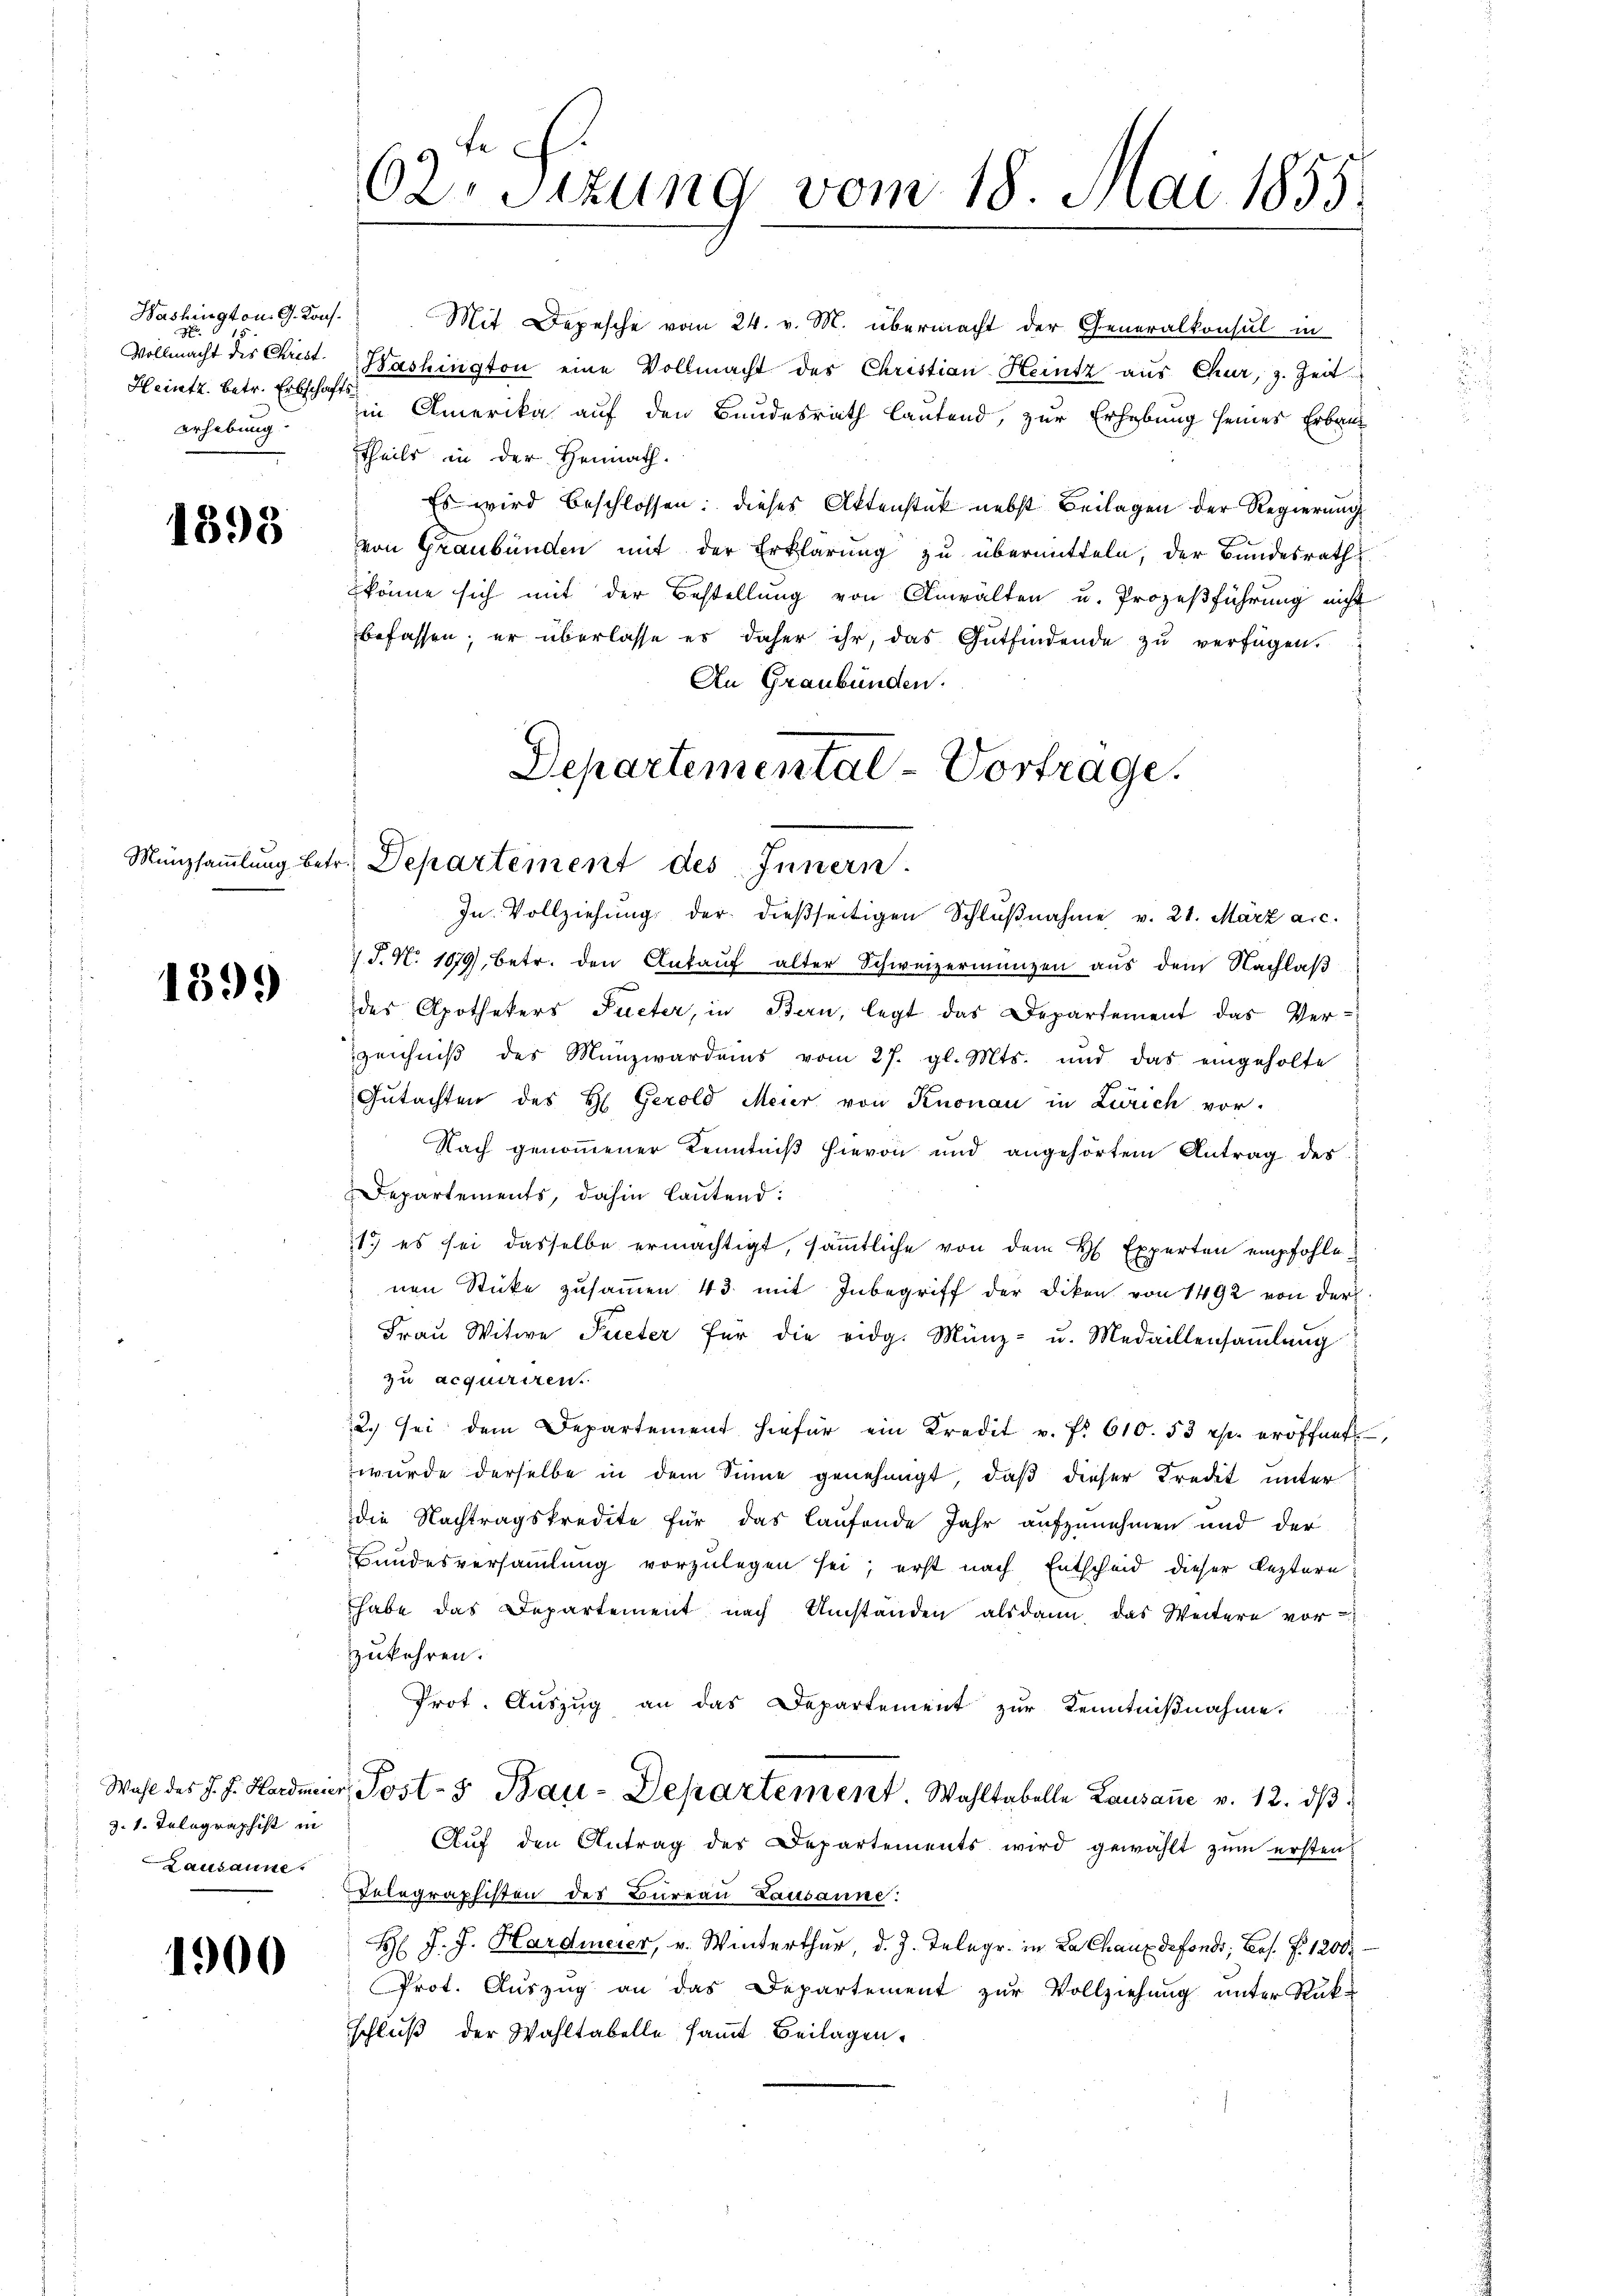
Washington. G. Kons.
d
Vollmacht des Christ.
Heintz, betr. Erbschafts¬

1399

z. 1. Telegraphist in
Lausanne.

1900

Mit Depesche vom 24. v. M. übermacht der Generalkonsul in
Bashington eine Vollmacht des Christian Heintz aus Chur, z. Zeit
erhebung. in Amerika auf den Bundesrath lautend, zur Erhebung seines Erbaut
Theils in der Heimath.
Es wird beschlossen: dieses Aktenstück nebst Beilagen der Regierung
852 von Graubünden mit der Erklärung zu übermitteln, der Bundesrath
könne sich mit der Bestellung von Anwalten u. Prozeßführung nicht
befassen; er überlasse es daher ihr, das Gutfindende zŭ verfügen.
An Graubünden.
In Vollziehung der dießseitigen Schlŭβnahme v. 21. März a.c.
 J. N. 1879, betr. den Ankaŭf alter Schweizermangen aus dem Nachlaβ
des Apothekers Pueter, in Bern, legt das Departement das Ver-
zeichniß des Münzwardens vom 27. gl. Mts. und das eingeholte
Gutachten des H. Gerold Meier von Knonau in Zürich vor.
Nach genommener Kenntniß hievon und angehörtem Antrag des
Departements, dahin lautend:
1) es sei dasselbe ermächtigt, sämmtliche von dem H. Experten empfohlenen Sticke zusammen 43 mit Inbegriff der Diken von 1492 von der
Fraŭ Witwe Pueter für die eidg. Münz- u. Medaillensaṁlŭng
zu acquiriren.
2. sei dem Departement hiefür ein Kredit v. f. 610. 53 Rp. eröffnet.
wurde derselbe in dem Sinne genehmigt, daß dieser Kredit unter
die Nachtragskredite für das laufende Jahr aufzunehmen und der
Bundesversammlung vorzulegen sei; erst nach Entscheid dieser leztern
habe das Departement nach Umständen alsdann, das Weitere vor
zukehren.
Prot. Auszug an das Departement zur Kenntnißnahme.
Wahl des J. J. Hardmeier, Post- & Bau-Departement. Wahltabelle Lausaṅe v. 12. dβ
Aŭf den Antrag des Departements wird gewählt zum ersten
Telegraphisten des Büreau Lausanne:
H J. J. Hardmeier, v. Winterthur, d. J. Telegr. in La Chaux defonds, bes. f. 1200
Prot. Aŭszŭg an das Departement zŭr Vollziehŭng ŭnter Rükschluß der Wahltabelle samt Beilagen.

62. Sizung vom 18. Mai 1855.

Departemental - Vortrage.
Münzsaṁlŭng betr. Departement des Innern.